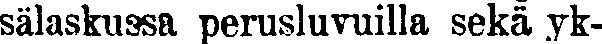
sälaskussa perusluvuilla sekä yk-